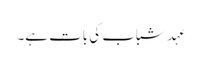
عہدِ شباب کی بات ہے۔